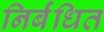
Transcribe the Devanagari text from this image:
निर्बंधित